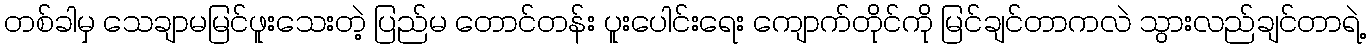
တစ်ခါမှ သေချာမမြင်ဖူးသေးတဲ့ ပြည်မ တောင်တန်း ပူးပေါင်းရေး ကျောက်တိုင်ကို မြင်ချင်တာကလဲ သွားလည်ချင်တာရဲ့